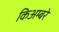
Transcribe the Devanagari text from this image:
किअम्बरे